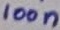
Text: 100n